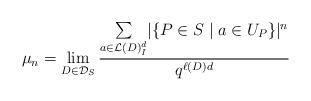
LaTeX: \begin{align*}\mu_{n} &= \lim\limits_{D \in \mathcal{D}_S} \displaystyle{\frac{\sum\limits_{a \in \mathcal{L}(D)_I^d } \lvert \{ P \in S \mid a \in U_{P} \}\rvert^n} {q^{\ell(D)d}}}\end{align*}